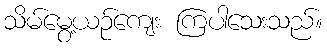
သိမ်မွေ့ယဉ်ကျေး ကြပါသေးသည်။